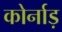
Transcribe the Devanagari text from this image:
कोर्नाड़